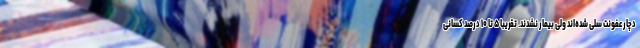
دچار عفونت سلی شده‌اند ولی بیمار نشدند. تقریبا ۵ تا ۱۰ درصد کسانی